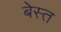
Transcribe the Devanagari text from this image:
बेस्त